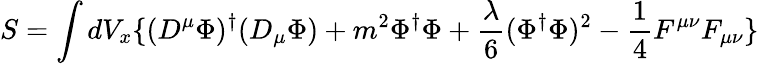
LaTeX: S=\int dV_{x}\lbrace(D^{\mu}\Phi)^{\dagger}(D_{\mu}\Phi)+m^{2}\Phi^{\dagger}\Phi+\frac{\lambda}{6}(\Phi^{\dagger}\Phi)^{2}-\frac{1}{4}F^{\mu\nu}F_{\mu\nu}\rbrace